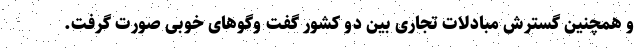
و همچنین گسترش مبادلات تجاری بین دو کشور گفت وگوهای خوبی صورت گرفت.